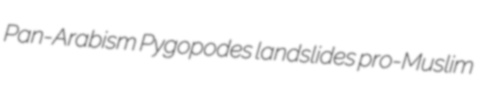
Pan-Arabism Pygopodes landslides pro-Muslim